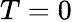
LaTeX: T=0